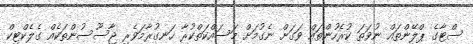
ސްޓާގެ ޕްލޭންތައް ނުވަތަ ކުރެހުންތައް ވަގަށް ނެގުމަށް މަސައްކަތްކުރާ ހަނގުރާމަވެރި ޖާސޫސުންތަކެއް ގެލެކްޓިކް